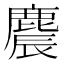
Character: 麎